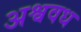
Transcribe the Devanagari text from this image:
अश्ववध